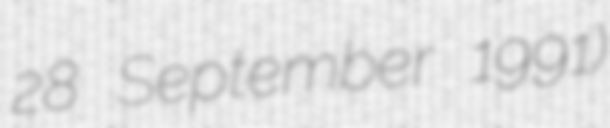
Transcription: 28 September 1991)